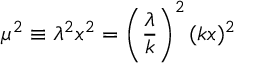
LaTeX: \mu ^ { 2 } \equiv \lambda ^ { 2 } x ^ { 2 } = \left( \frac { \lambda } { k } \right) ^ { 2 } ( k x ) ^ { 2 }